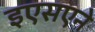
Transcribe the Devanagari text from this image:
इएसएने